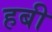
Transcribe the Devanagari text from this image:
हबी